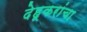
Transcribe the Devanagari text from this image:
देहूकरांचा